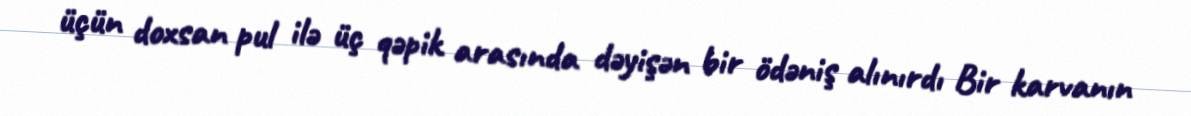
üçün doxsan pul ilə üç qəpik arasında dəyişən bir ödəniş alınırdı Bir karvanın